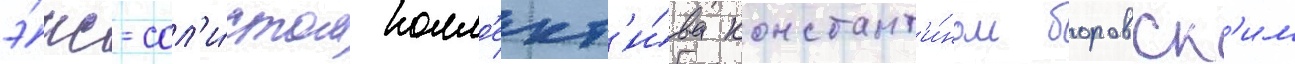
э́кс-сол'и́стом колл'ект'и́ва констант'и́ном боровск'им